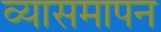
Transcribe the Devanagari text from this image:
व्यासमापन